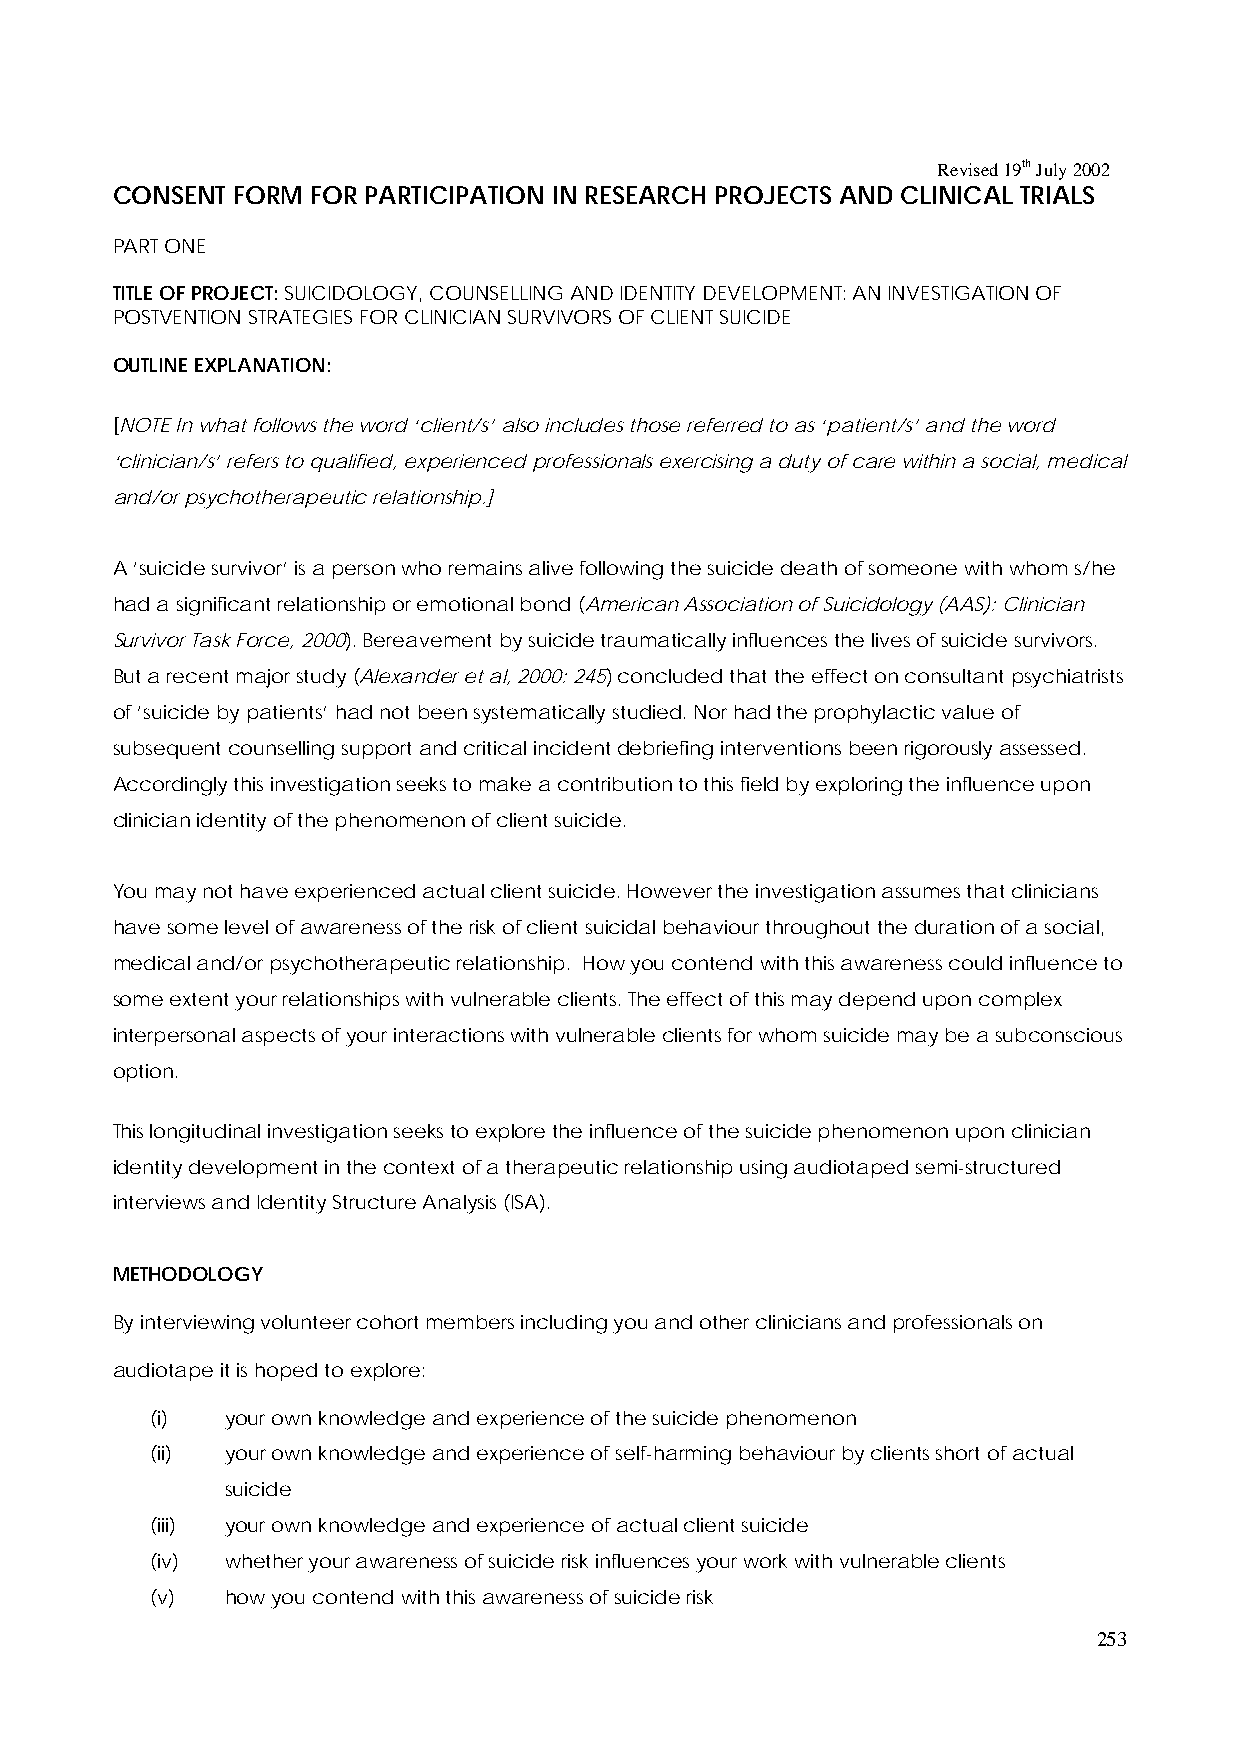
Revised 19th July 2002
 CONSENT FORM  FOR PARTICIPATION IN RESEARCH PROJECTS AND CLINICAL TRIALS
 PART ONE
 TITLE OF PROJECT: SUICIDOLOGY, COUNSELLING AND IDENTITY DEVELOPMENT: AN INVESTIGATION OF
 POSTVENTION STRATEGIES FOR CLINICIAN SURVIVORS OF CLIENT SUICIDE
 OUTLINE EXPLANATION:
 [NOTE In what follows the word ‘client/s’ also includes those referred to as ‘patient/s’ and the word
 ‘clinician/s’ refers to qualified, experienced professionals exercising a duty of care within a social, medical
 and/or psychotherapeutic relationship.]
 A ‘suicide survivor’ is a person who remains alive following the suicide death of someone with whom s/he
 had a significant relationship or emotional bond (American Association of Suicidology (AAS): Clinician
 Survivor Task Force, 2000). Bereavement by suicide traumatically influences the lives of suicide survivors.
 But a recent major study (Alexander et al, 2000: 245) concluded that the effect on consultant psychiatrists
 of ‘suicide by patients’ had not been systematically studied. Nor had the prophylactic value of
 subsequent counselling support and critical incident debriefing interventions been rigorously assessed.
 Accordingly this investigation seeks to make a contribution to this field by exploring the influence upon
 clinician identity of the phenomenon of client suicide.
 You may not have experienced actual client suicide. However the investigation assumes that clinicians
 have some level of awareness of the risk of client suicidal behaviour throughout the duration of a social,
 medical and/or psychotherapeutic relationship. How you contend with this awareness could influence to
 some extent your relationships with vulnerable clients. The effect of this may depend upon complex
 interpersonal aspects of your interactions with vulnerable clients for whom suicide may be a subconscious
 option.
 This longitudinal investigation seeks to explore the influence of the suicide phenomenon upon clinician
 identity development in the context of a therapeutic relationship using audiotaped semi-structured
 interviews and Identity Structure Analysis (ISA).
 METHODOLOGY
 By interviewing volunteer cohort members including you and other clinicians and professionals on
 audiotape it is hoped to explore:
 (i)  your own knowledge and experience of the suicide phenomenon
 (ii) your own knowledge and experience of self-harming behaviour by clients short of actual
 suicide
 (iii) your own knowledge and experience of actual client suicide
 (iv) whether your awareness of suicide risk influences your work with vulnerable clients
 (v)  how you contend with this awareness of suicide risk
 253